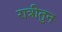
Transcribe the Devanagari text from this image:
रात्रीतुन